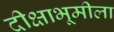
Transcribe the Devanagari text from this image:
दीक्षाभूमीला